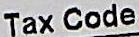
TAX CODE